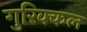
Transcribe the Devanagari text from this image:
गुरिक्कल